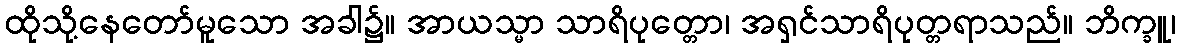
ထိုသို့နေတော်မူသော အခါ၌။ အာယသ္မာ သာရိပုတ္တော၊ အရှင်သာရိပုတ္တရာသည်။ ဘိက္ခူ၊